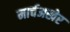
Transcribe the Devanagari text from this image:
मार्चअखेर